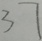
3 7